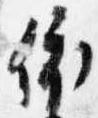
依